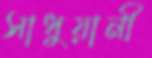
সাধুয়ানী